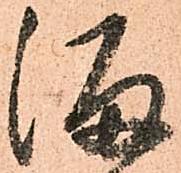
溜